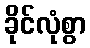
ခိုင်လုံစွာ